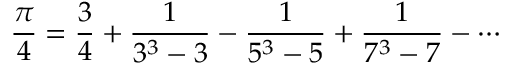
{ \frac { \pi } { 4 } } = { \frac { 3 } { 4 } } + { \frac { 1 } { 3 ^ { 3 } - 3 } } - { \frac { 1 } { 5 ^ { 3 } - 5 } } + { \frac { 1 } { 7 ^ { 3 } - 7 } } - \cdots